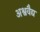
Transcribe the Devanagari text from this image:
अश्ववैद्य